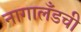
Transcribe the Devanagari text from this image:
नागालँडची